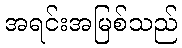
အရင်းအမြစ်သည်